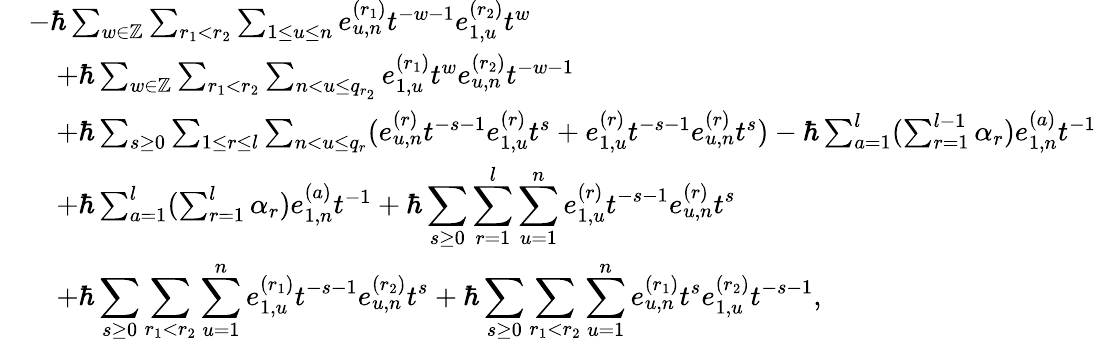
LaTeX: \begin{array}{rl}&{-\hbar\sum_{w\in\mathbb{Z}}\sum_{r_{1}<r_{2}}\sum_{1\leq u\leq n}e_{u,n}^{(r_{1})}t^{-w-1}e_{1,u}^{(r_{2})}t^{w}}\\ &{\quad+\hbar\sum_{w\in\mathbb{Z}}\sum_{r_{1}<r_{2}}\sum_{n<u\leq q_{r_{2}}}e_{1,u}^{(r_{1})}t^{w}e_{u,n}^{(r_{2})}t^{-w-1}}\\ &{\quad+\hbar\sum_{s\geq 0}\sum_{1\leq r\leq l}\sum_{n<u\leq q_{r}}(e_{u,n}^{(r)}t^{-s-1}e_{1,u}^{(r)}t^{s}+e_{1,u}^{(r)}t^{-s-1}e_{u,n}^{(r)}t^{s})-\hbar\sum_{a=1}^{l}(\sum_{r=1}^{l-1}\alpha_{r})e_{1,n}^{(a)}t^{-1}}\\ &{\quad+\hbar\sum_{a=1}^{l}(\sum_{r=1}^{l}\alpha_{r})e_{1,n}^{(a)}t^{-1}+\hbar\displaystyle\sum_{s\geq 0}\sum_{r=1}^{l}\displaystyle\sum_{u=1}^{n}e_{1,u}^{(r)}t^{-s-1}e_{u,n}^{(r)}t^{s}}\\ &{\quad+\hbar\displaystyle\sum_{s\geq 0}\sum_{r_{1}<r_{2}}\displaystyle\sum_{u=1}^{n}e_{1,u}^{(r_{1})}t^{-s-1}e_{u,n}^{(r_{2})}t^{s}+\hbar\displaystyle\sum_{s\geq 0}\sum_{r_{1}<r_{2}}\displaystyle\sum_{u=1}^{n}e_{u,n}^{(r_{1})}t^{s}e_{1,u}^{(r_{2})}t^{-s-1},}\end{array}